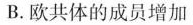
B.欧共体的成员增加